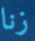
زنا